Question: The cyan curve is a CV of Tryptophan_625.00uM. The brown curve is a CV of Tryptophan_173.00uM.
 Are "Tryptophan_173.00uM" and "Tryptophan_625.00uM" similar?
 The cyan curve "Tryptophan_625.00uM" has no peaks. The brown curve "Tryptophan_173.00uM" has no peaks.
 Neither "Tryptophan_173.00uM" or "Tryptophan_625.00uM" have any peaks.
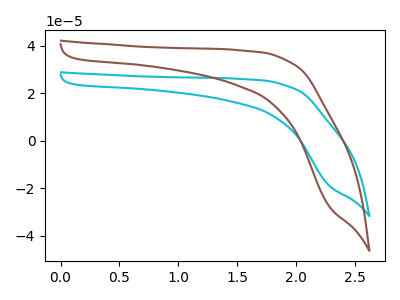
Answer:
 <answer>"Tryptophan_173.00uM" and "Tryptophan_625.00uM" are similar in shape.</answer>
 <eval>same_shape</eval>